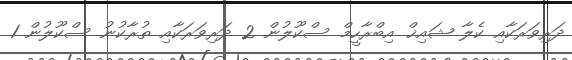
ދަރިވަރަކާއި ކެލާ ޝައިޚް އިބްރާހީމް ސްކޫލުން 2 ދަރިވަރަކާއި ތުރާކުނު ސްކޫލުން 1